Scottish Leaving Certificate Examination, 1960
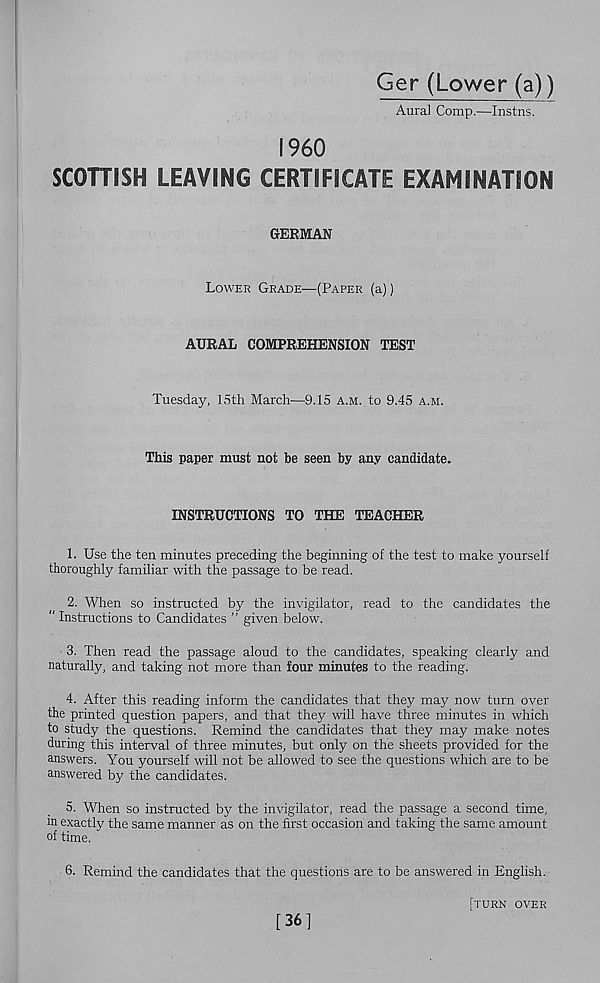
Ger (Lower (a))
Aural Comp.—Instns.
I960
SCOHISH LEAVING CERTIFICATE EXAMINATION
GERMAN
Lower Grade—(Paper (a))
AURAL COMPREHENSION TEST
Tuesday, 15th March—9.15 A.M. to 9.45 a.m.
This paper must not be seen by any candidate.
INSTRUCTIONS TO THE TEACHER
1. Use the ten minutes preceding the beginning of the test to make yourself
thoroughly familiar with the passage to be read.
2. When so instructed by the invigilator, read to the candidates the
“ Instructions to Candidates ” given below.
3. Then read the passage aloud to the candidates, speaking clearly and
naturally, and taking not more than four minutes to the reading.
4. After this reading inform the candidates that they may now turn over
the printed question papers, and that they will have three minutes in which
to study the questions. Remind the candidates that they may make notes
during this interval of three minutes, but only on the sheets provided for the
answers. You yourself will not be allowed to see the questions which are to be
answered by the candidates.
5. When so instructed by the invigilator, read the passage a second time,
m exactly the same manner as on the first occasion and taking the same amount
of time.
6. Remind the candidates that the questions are to be answered in English.
[turn over
[36]